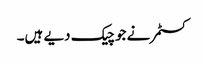
کسٹمر نے جو چیک دیے ہیں۔